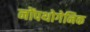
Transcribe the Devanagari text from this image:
नोंपथोगेनिक